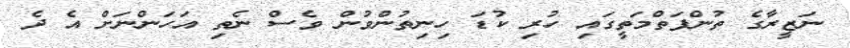
ނަޒީރާގެ ތުންފަތްމަތީގައި ހުރި ކުޑަ ހިނިތުންވުން ވެސް ނެތި އަހަންނަށް އެ ދެ